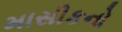
માસીકનો